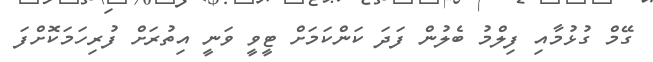
ގޭމް ގުޅުމާއި ފިލްމު ބެލުން ފަދަ ކަންކަމަށް ޓީވީ ވަނީ އިތުރަށް ފުރިހަމަކޮށްފަ